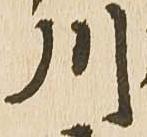
川